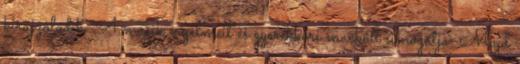
kirajzolódik. A másik érzelmeit és gyerekkori mackóit simogatja. Majd